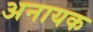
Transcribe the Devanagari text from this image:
अनायक